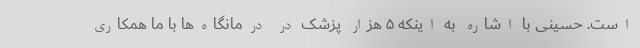
است. حسینی با اشاره به اینکه ۵ هزار پزشک در درمانگاه‌ها با ما همکاری